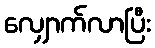
လျှောက်လာပြီး